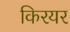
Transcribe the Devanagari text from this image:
किरयर